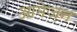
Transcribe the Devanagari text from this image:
आमेज़न